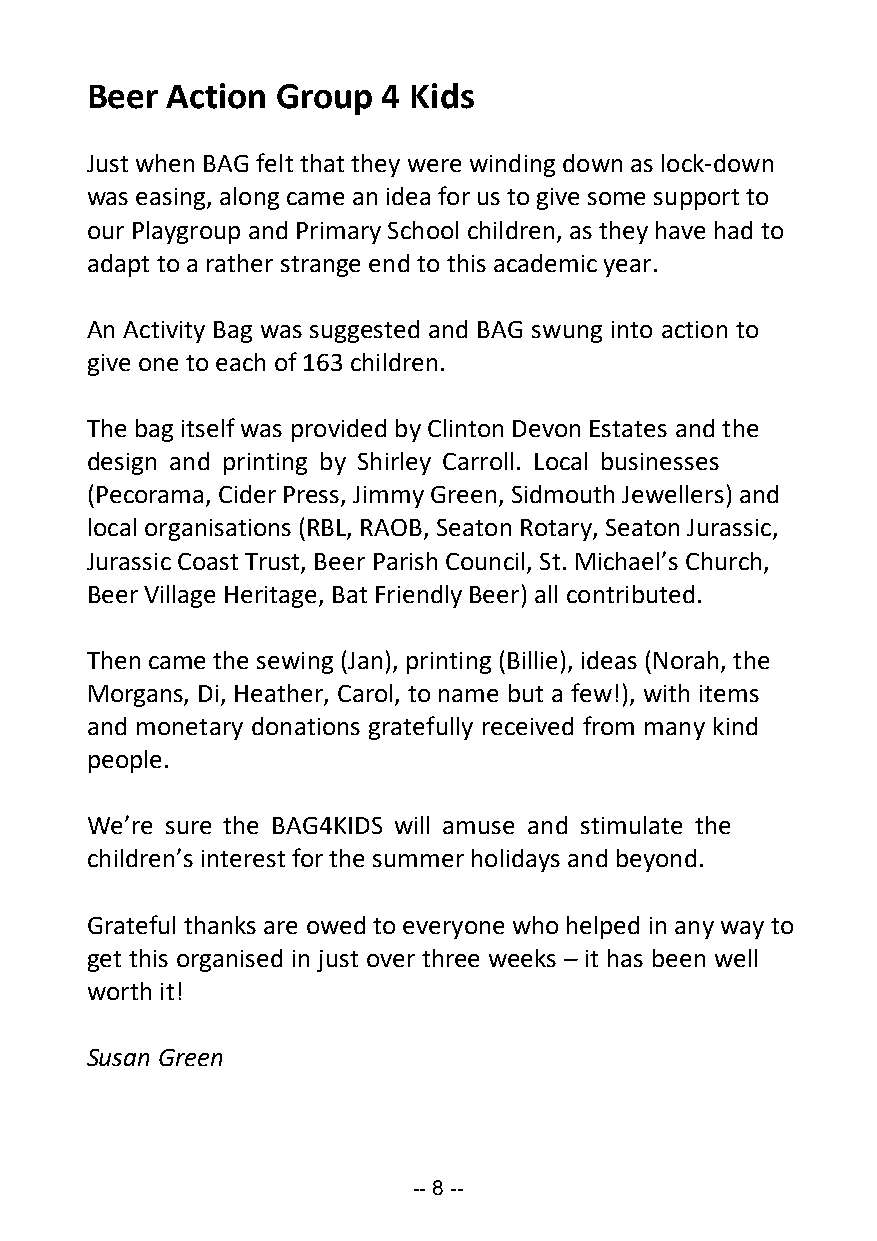
Beer Action Group  4 Kids
 Just when BAG felt that they were winding down as lock-down
 was easing, along came an idea for us to give some support to
 our Playgroup and Primary School children, as they have had to
 adapt to a rather strange end to this academic year.
 An Activity Bag was suggested and BAG swung into action to
 give one to each of 163 children.
 The bag itself was provided by Clinton Devon Estates and the
 design and printing by Shirley Carroll. Local businesses
 (Pecorama, Cider Press, Jimmy Green, Sidmouth Jewellers) and
 local organisations (RBL, RAOB, Seaton Rotary, Seaton Jurassic,
 Jurassic Coast Trust, Beer Parish Council, St. Michael’s Church,
 Beer Village Heritage, Bat Friendly Beer) all contributed.
 Then came the sewing (Jan), printing (Billie), ideas (Norah, the
 Morgans, Di, Heather, Carol, to name but a few!), with items
 and monetary donations gratefully received from many kind
 people.
 We’re sure the BAG4KIDS will amuse and stimulate the
 children’s interest for the summer holidays and beyond.
 Grateful thanks are owed to everyone who helped in any way to
 get this organised in just over three weeks – it has been well
 worth it!
 Susan Green
 -- 8 --